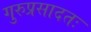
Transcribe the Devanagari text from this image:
गुरुप्रसादतः